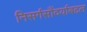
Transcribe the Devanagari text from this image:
निसर्गसौंदर्याबद्दल